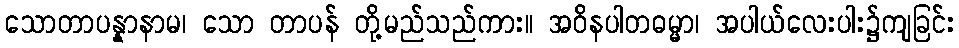
သောတာပန္နာနာမ၊ သော တာပန် တို့မည်သည်ကား။ အဝိနပါတဓမ္မာ၊ အပါယ်လေးပါး၌ကျခြင်း